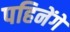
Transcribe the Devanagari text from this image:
पहिनेंगे